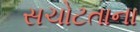
સચોટતાના